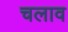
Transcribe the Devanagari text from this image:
चलाव